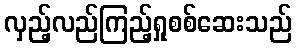
လှည့်လည်ကြည့်ရှုစစ်ဆေးသည်